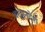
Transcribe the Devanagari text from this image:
वखानदेश